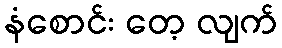
နံစောင်း တေ့ လျက်